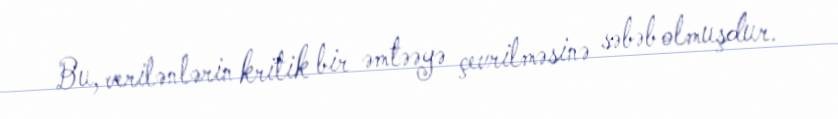
Bu, verilənlərin kritik bir əmtəəyə çevrilməsinə səbəb olmuşdur.